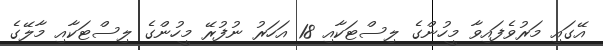
އޭގައި މަރުވެފައިވާ މީހުންގެ ލިސްޓަކާއި 18 އަހަރު ނުފުރޭ މީހުންގެ ލިސްޓަކާއި މާލޭގެ